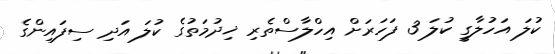
ކުލަ އަހުލާގީ ކުލަ 3 ފަހަރަށް އިހްލާސްތެރި ޚިދުމަތުގެ ކުލަ އަދި ސިފައިންގެ